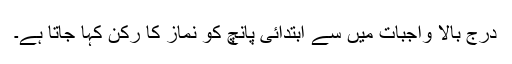
درج بالا واجبات میں سے ابتدائی پانچ کو نماز کا رکن کہا جاتا ہے۔